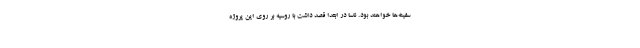
سفینه‌ها خواهند بود. ناسا در ابتدا قصد داشت با روسیه بر روی این پروژه